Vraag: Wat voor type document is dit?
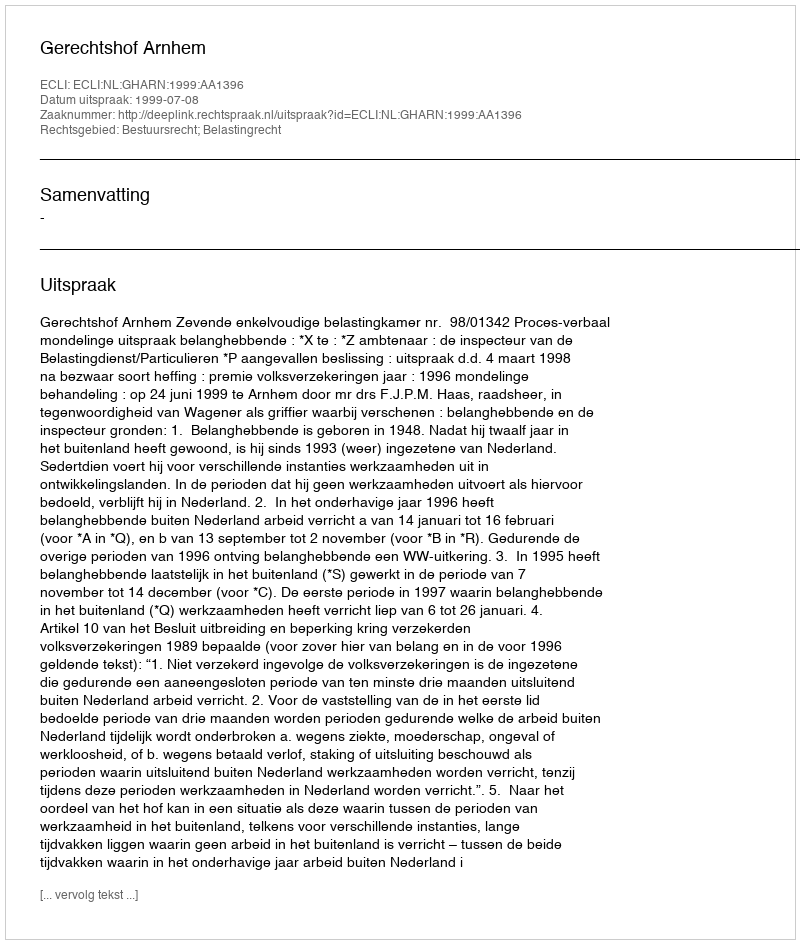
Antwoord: Uitspraak